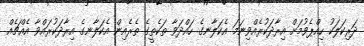
ދަރިކަލަކު ހިއްޕެވުމަށް އިރާދަކުރެއްވިނަމަ އެކަލާނގެ ހައްދަވާ ތަކެތީގެ ތެރެއިން އެކަލާނގެ އިރާދަކުރައްވާ އެއްޗެއް